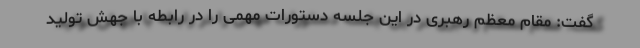
گفت: مقام معظم رهبری در این جلسه دستورات مهمی را در رابطه با جهش تولید